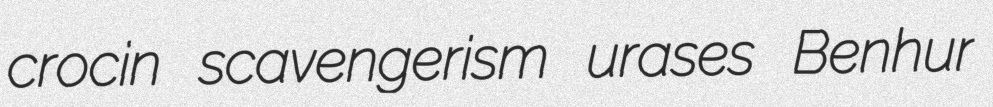
crocin scavengerism urases Benhur